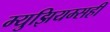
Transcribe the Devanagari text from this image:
म्युझियम्सही